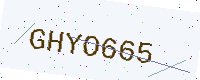
Text: GHYO665